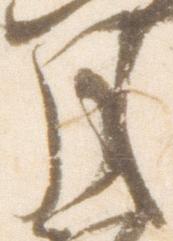
月